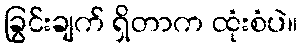
ခြွင်းချက် ရှိတာက ထုံးစံပဲ။